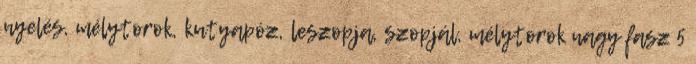
nyelés, mélytorok, kutyapóz, leszopja, szopjál, mélytorok nagy fasz 5